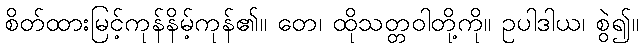
စိတ်ထားမြင့်ကုန်နိမ့်ကုန်၏။ တေ၊ ထိုသတ္တဝါတို့ကို။ ဥပါဒါယ၊ စွဲ၍။